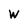
Character: W